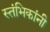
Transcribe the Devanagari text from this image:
स्तंभिकांनी